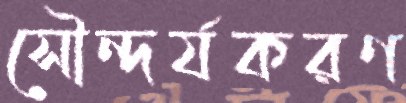
সৌন্দর্যকরণ